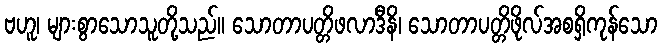
ဗဟူ၊ များစွာသောသူတို့သည်။ သောတာပတ္တိဖလာဒီနိ၊ သောတာပတ္တိဖိုလ်အစရှိကုန်သော